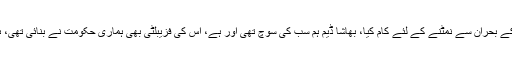
سابق صدر مملکت نے کہا کہ سندھ حکومت نے پانی کے بحران سے نمٹنے کے لئے کام کیا، بھاشا ڈیم ہم سب کی سوچ تھی اور ہے، اس کی فزیبلٹی بھی ہماری حکومت نے بنائی تھی، ہماری حکومت نے لوگوں کی زمینوں کے پیسے دئیے۔